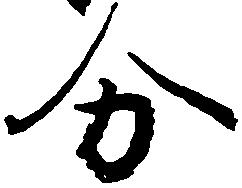
分